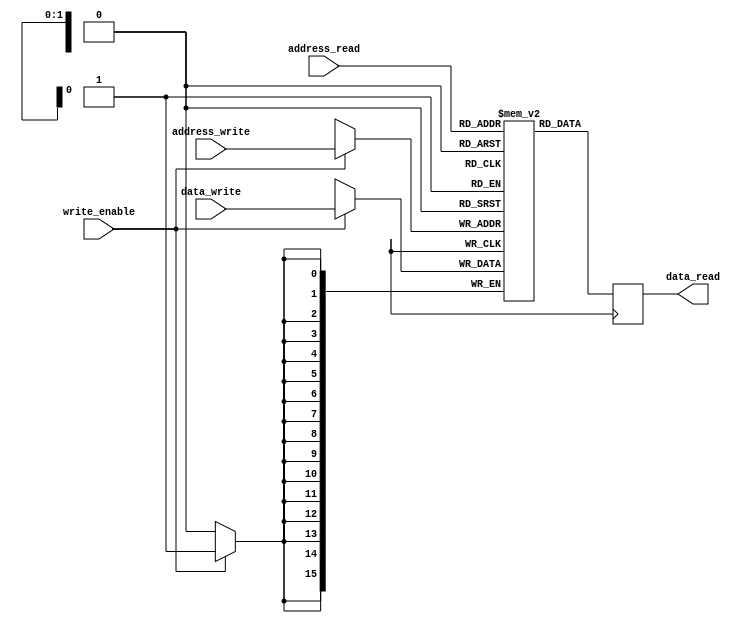
module register_file(
    input wire [1:0] address_read,
    input wire [1:0] address_write,
    input wire [15:0] data_write,
    input wire write_enable,
    output reg [15:0] data_read
);

reg [15:0] registers [3:0];

always @ (posedge clk) begin
    if (write_enable) begin
        registers[address_write] <= data_write;
    end
    data_read <= registers[address_read];
end

endmodule